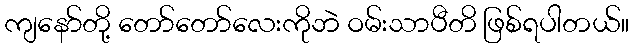
ကျနော်တို့ တော်တော်လေးကိုဘဲ ဝမ်းသာပီတိ ဖြစ်ရပါတယ်။